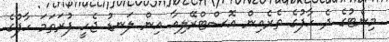
މިނެޓުގެ ދެ ހާފުގެ ތެރެއިން އޮސްޓްރޭލިއާ އިން ލަނޑު ޖެހީ ފުރަތަމަ ހާފުގެ